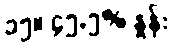
၁၅။ ၄၅.၅% နှုန်း